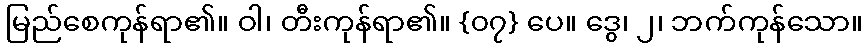
မြည်စေကုန်ရာ၏။ ဝါ၊ တီးကုန်ရာ၏။ {၀၇} ပေ။ ဒွေ၊ ၂၊ ဘက်ကုန်သော။